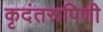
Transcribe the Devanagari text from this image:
कृदंतरूपिणी